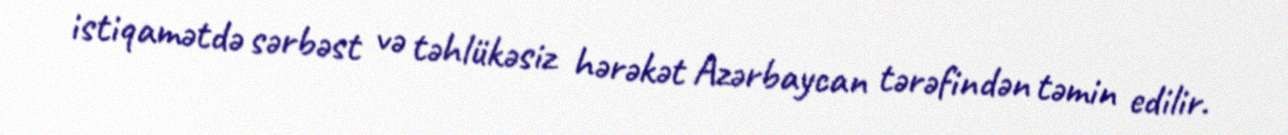
istiqamətdə sərbəst və təhlükəsiz hərəkət Azərbaycan tərəfindən təmin edilir.